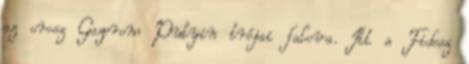
az orosz Gazprom Putyin trójai falova. Itt a Fidesz